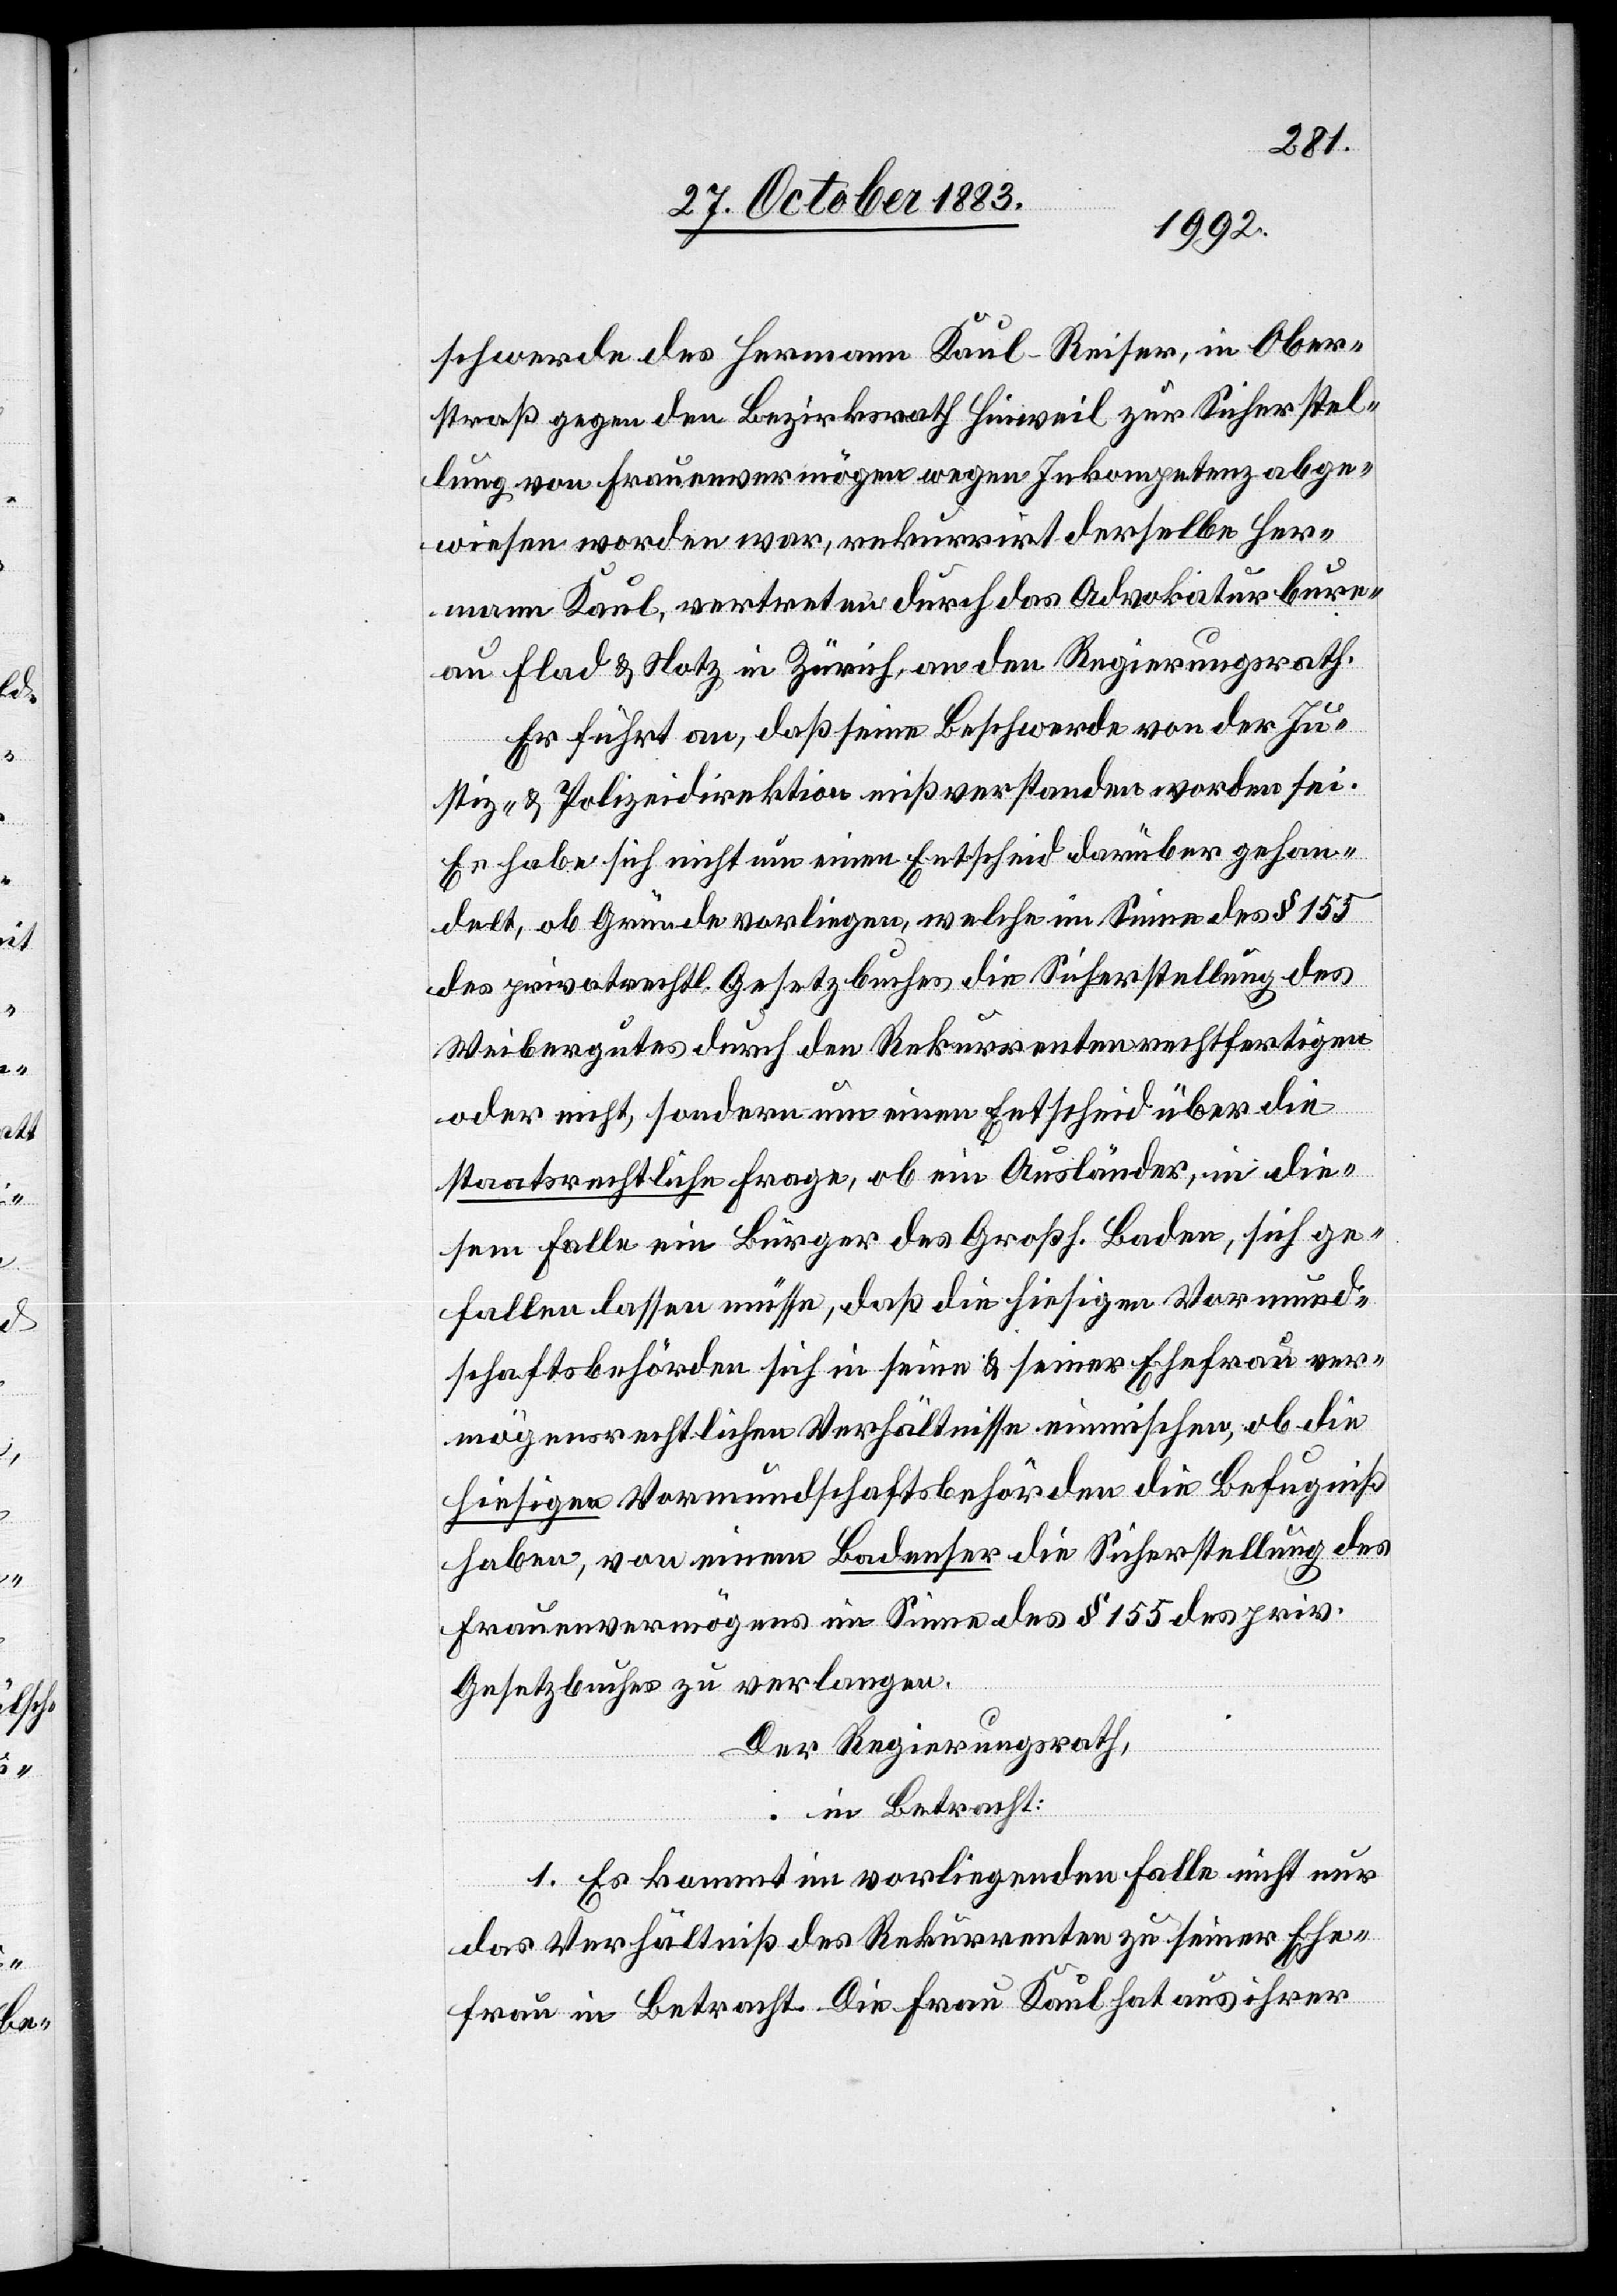
schwerde des Hermann Kaul-Reiser, in Ober¬
straß gegen den Bezirksrath Hinweil zur Sicherstel¬
lung von Frauenvermögen wegen Inkompetenz abge¬
wiesen worden war, rekurrirt derselbe Her¬
mann Kaul, vertreten durch das Advokaturbure¬
au Flad & Notz in Zürich, an den Regierungsrath.
Er führt an, daß seine Beschwerde von der Ju¬
stiz- & Polizeidirektion mißverstanden worden sei.
Es habe sich nicht um einen Entscheid darüber gehan¬
delt, ob Gründe vorliegen, welche im Sinne des § 155
des privatrechtl. Gesetzbuches Sicherstellung des
Weibergutes durch den Rekurrenten rechtfertigen
oder nicht, sondern um einen Entscheid über die
staatsrechtliche Frage, ob ein Ausländer, in die¬
sem Falle ein Bürger des Großh. Baden, sich ge¬
fallen lassen müsse, daß die hiesigen Vormund¬
schaftsbehörden sich in seine & seiner Ehefrau ver¬
mögensrechtlichen Verhältnisse einmischen, ob die
hiesigen Vormundschaftsbehörden die Befugniß
haben, von einem Badenser die Sicherstellung des
Frauenvermögens im Sinne des § 155 des priv.
Gesetzbuches zu verlangen.
Der Regierungsrath,
in Betracht:
1. Es kommt im vorliegenden Falle nicht nur
das Verhältniß des Rekurrenten zu seiner Ehe¬
frau in Betracht. Die Frau Kaul hat aus ihrer